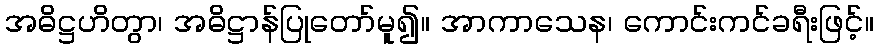
အဓိဋ္ဌဟိတွာ၊ အဓိဋ္ဌာန်ပြုတော်မူ၍။ အာကာသေန၊ ကောင်းကင်ခရီးဖြင့်။